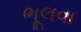
ભૂલવા